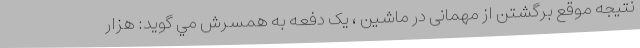
نتيجه موقع برگشتن از مهمانى در ماشين ، يک دفعه به همسرش مي گوید: هزار